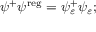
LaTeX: \psi ^ { + } \psi ^ { \mathrm { r e g } } = \psi _ { \varepsilon } ^ { + } \psi _ { \varepsilon } ;